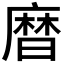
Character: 𪎗